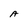
Character: A